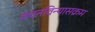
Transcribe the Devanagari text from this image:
वचनविन्यासक्रम